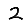
Digit: 2